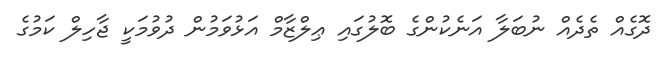
ދޮގެއް ތެދެއް ނުބަލާ އަނެކުންގެ ބޮލުގައި ޢިލްޒާމް އަޅުވަމުން ދުވުމަކީ ޖާހިލް ކަމުގެ